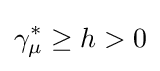
\gamma _{\mu }^{*}\geq h>0